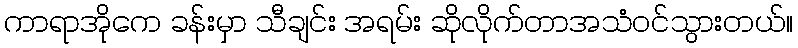
ကာရာအိုကေ ခန်းမှာ သီချင်း အရမ်း ဆိုလိုက်တာအသံဝင်သွားတယ်။